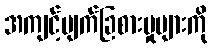
အကျင့်ပျက်ခြစားမှုများကို